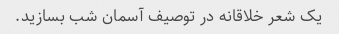
یک شعر خلاقانه در توصیف آسمان شب بسازید.